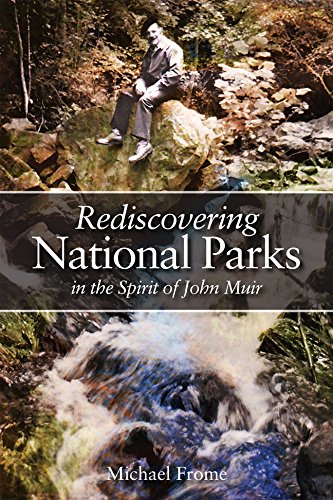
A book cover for Rediscovering National Parks in the Spirit of John Muir; Michael Frome; Sports & Outdoors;